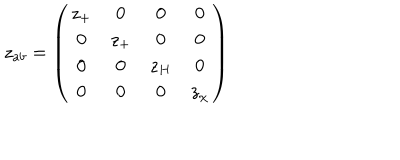
LaTeX: z _ { a b } = \left( \begin{array} { c c c c } { { z _ { + } } } & { { 0 } } & { { 0 } } & { { 0 } } \\ { { 0 } } & { { z _ { + } } } & { { 0 } } & { { 0 } } \\ { { 0 } } & { { 0 } } & { { z _ { H } } } & { { 0 } } \\ { { 0 } } & { { 0 } } & { { 0 } } & { { z _ { \chi } } } \\ \end{array} \right)